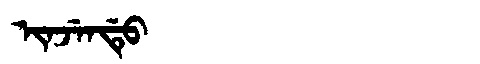
Manchu: ᡳᠨᠵᡝᠨᡩᡠ
Romanization: INJENDU